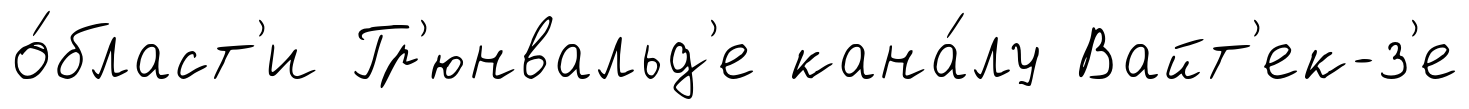
о́бласт'и Гр'юнвальд'е кана́лу Вайт'ек-з'е